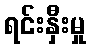
ရင်းနှီးမှု